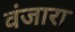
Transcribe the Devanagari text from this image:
वंजारा